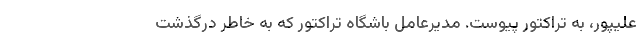
علیپور، به تراکتور پیوست. مدیرعامل باشگاه تراکتور که به خاطر درگذشت